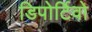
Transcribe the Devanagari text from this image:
डिपोर्टिवो